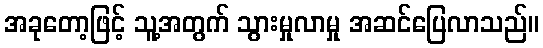
အခုတော့ဖြင့် သူ့အတွက် သွားမှုလာမှု အဆင်ပြေလာသည်။